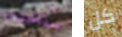
سنأخذها كل